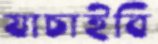
যাচাইবি